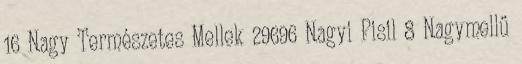
16 Nagy Természetes Mellek 29696 Nagyi Pisil 8 Nagymellű